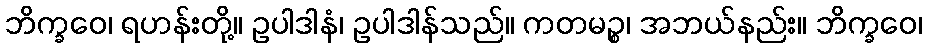
ဘိက္ခဝေ၊ ရဟန်းတို့။ ဥပါဒါနံ၊ ဥပါဒါန်သည်။ ကတမဉ္စ၊ အဘယ်နည်း။ ဘိက္ခဝေ၊